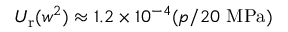
U _ { \mathrm { r } } ( w ^ { 2 } ) \approx 1 . 2 \times 1 0 ^ { - 4 } ( p / 2 0 ~ \mathrm { M P a } )